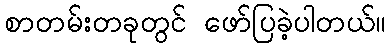
စာတမ်းတခုတွင် ဖော်ပြခဲ့ပါတယ်။